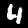
Label: 4